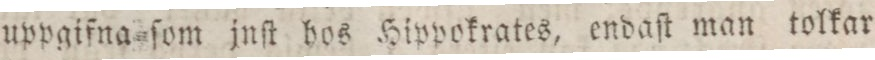
uppgifna ſom jnſt hos Hippokrates, endaſt man tolkar